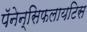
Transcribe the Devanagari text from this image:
पॅनेन्सिफलायटिस